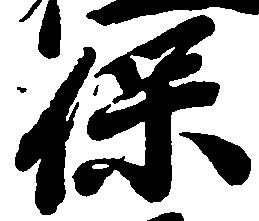
保